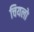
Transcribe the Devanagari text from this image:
चियलो